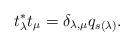
LaTeX: \begin{align*}t_\lambda^{*}t_{\mu}=\delta_{\lambda,\mu}q_{s(\lambda)}.\end{align*}